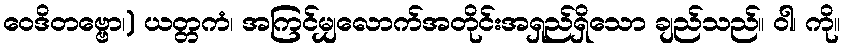
ဝေဒိတဗ္ဗော၊) ယတ္တကံ၊ အကြင်မျှလောက်အတိုင်းအရှည်ရှိသော ချည်သည်။ ဝါ၊ ကို။